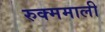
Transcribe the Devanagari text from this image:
रुक्ममाली